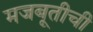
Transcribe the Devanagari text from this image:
मजबूतीची